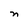
Character: n